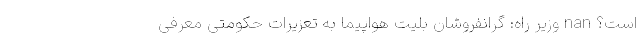
است؟ nan وزیر راه: گرانفروشان بلیت هواپیما به تعزیرات حکومتی معرفی